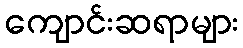
ကျောင်းဆရာများ